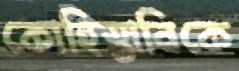
কোহিস্তানিকে